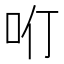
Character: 𠯼